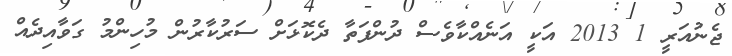
ޖެނުއަރީ 1 2013 އަކީ އަނެއްކާވެސް ދުންފަތާ ދެކޮޅަށް ސަރުކާރުން މުހިންމު ގަވާއިދެއް